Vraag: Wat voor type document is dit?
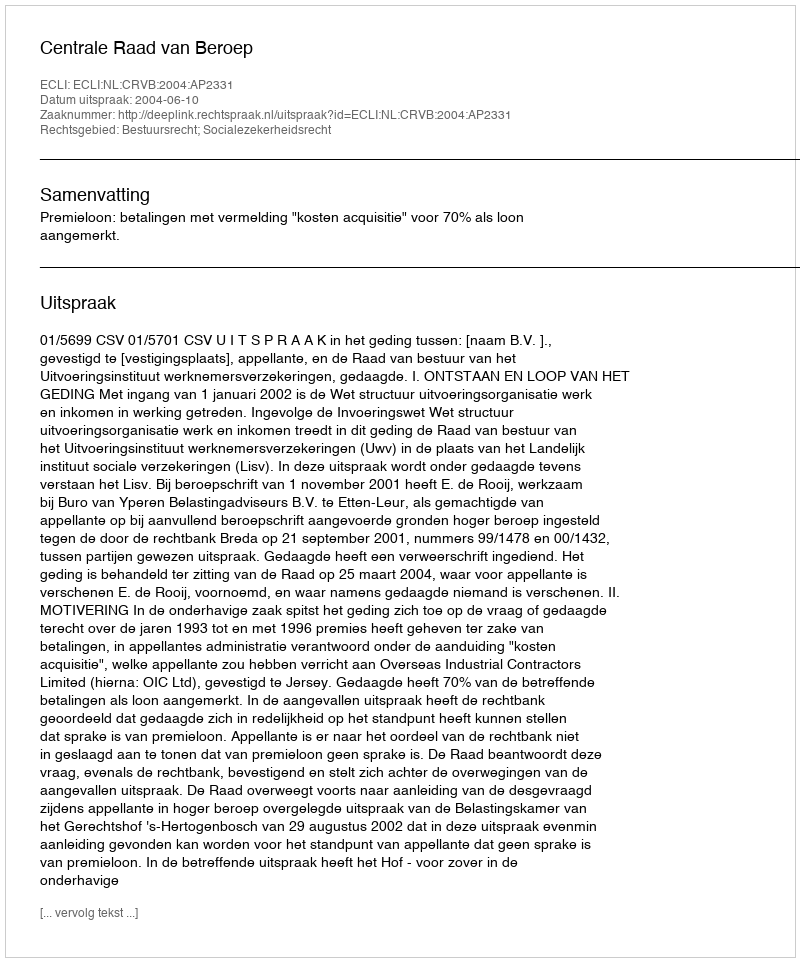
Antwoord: Uitspraak